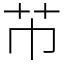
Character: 芇